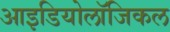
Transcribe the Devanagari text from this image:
आइडियोलॉजिकल